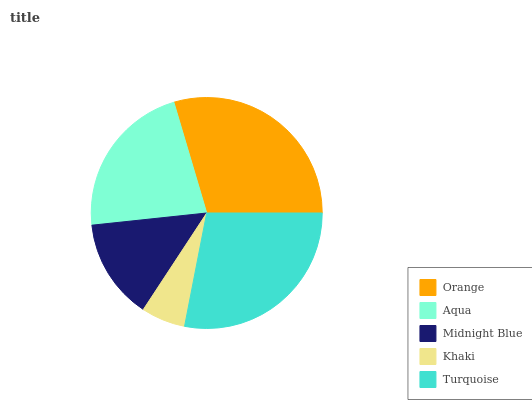
| Orange | Aqua | Midnight Blue | Khaki | Turquoise |
 | --- | --- | --- | --- | --- |
 | 29.6% | 22.1% | 14.1% | 6.18% | 28% |